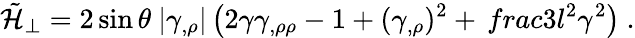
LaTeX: \tilde{{\cal H}}_{\perp}=2\sin\theta\ |\gamma_{,\rho}|\left(2\gamma\gamma_{,\rho\rho}-1+(\gamma_{,\rho})^{2}+\, frac{3}{l^{2}}\gamma^{2}\right)\ .